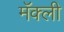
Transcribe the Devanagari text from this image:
मॅक्ली